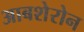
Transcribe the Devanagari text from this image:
आबशेरोन